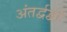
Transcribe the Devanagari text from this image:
अंतर्द्वद्वों